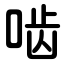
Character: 啮